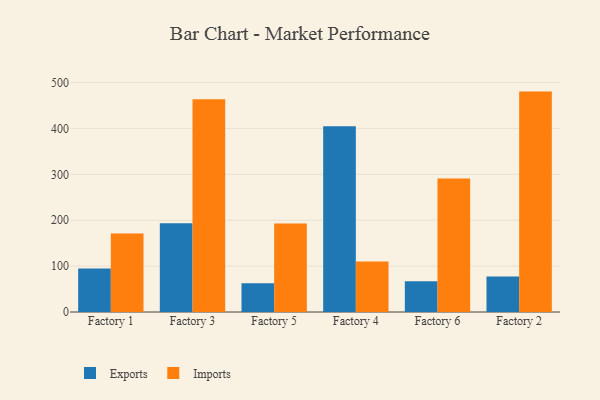
{"axis": {"x": "Factory", "y": "Customer Acquisition Cost (USD)"}, "legend": ["Exports", "Imports"], "data": [{"x": "Factory 1", "y": 95.0, "type": "Exports"}, {"x": "Factory 1", "y": 171.2, "type": "Imports"}, {"x": "Factory 3", "y": 193.2, "type": "Exports"}, {"x": "Factory 3", "y": 463.9, "type": "Imports"}, {"x": "Factory 5", "y": 62.6, "type": "Exports"}, {"x": "Factory 5", "y": 192.7, "type": "Imports"}, {"x": "Factory 4", "y": 404.8, "type": "Exports"}, {"x": "Factory 4", "y": 110.3, "type": "Imports"}, {"x": "Factory 6", "y": 67.2, "type": "Exports"}, {"x": "Factory 6", "y": 290.7, "type": "Imports"}, {"x": "Factory 2", "y": 77.3, "type": "Exports"}, {"x": "Factory 2", "y": 480.3, "type": "Imports"}]}